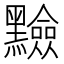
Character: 𪒫